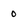
Character: 0